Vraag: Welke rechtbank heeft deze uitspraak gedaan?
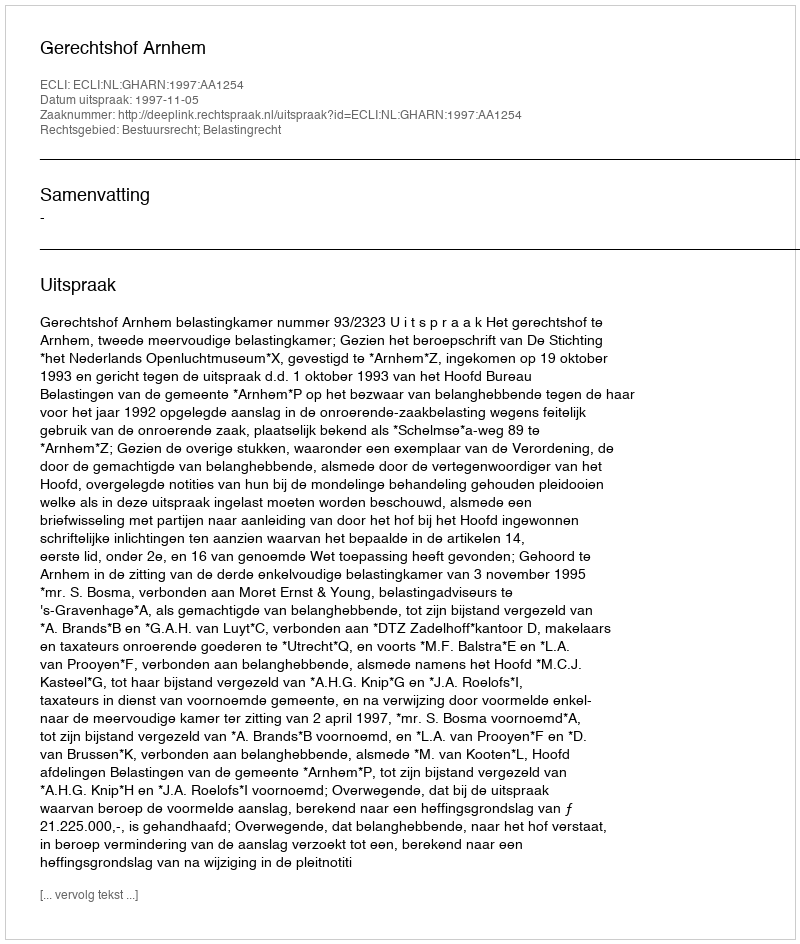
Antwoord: Gerechtshof Arnhem